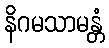
နိဂမသာမန္တံ